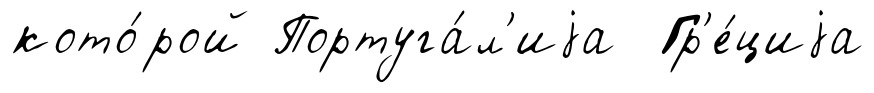
кото́рой Португа́л'иjа Гр'е́циjа